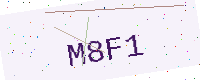
Text: M8F1